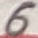
Text: 6